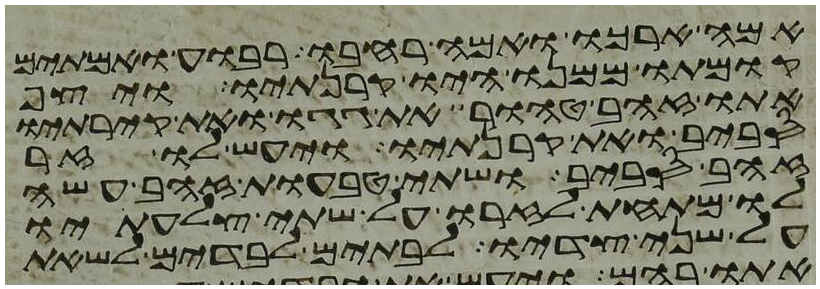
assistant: אמה ארכו ואמה רחבו רבוע ואמתים
קומתו ממנו היו קרנתיו ויצף
אתו זהב טהור את גגו ואת קירתיו
סביב ואת קרנתיו ויעש לו זר
זהב סביב ושתי טבעות זהב עשה
לו מתחת לזרו על שתי צלעתיו
על שני צדיו לבתים לבדים לשאת